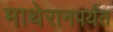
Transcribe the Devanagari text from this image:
माथेरानपर्यंत